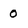
Character: 0